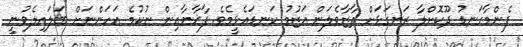
ފެންމާގަނޑު ދޫކޮށްލާ ރަނގަޅަށް ތާޒާވެލަން އަޒުމު ކަނޑައެޅީމެވެ. ފާޚާނާއިން ނުކުމެ އަހަންނަށް ބަލައިލެވުނީ